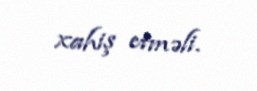
xahiş etməli.